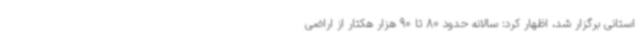
استانی برگزار شد، اظهار کرد: سالانه حدود 80 تا 90 هزار هکتار از اراضی